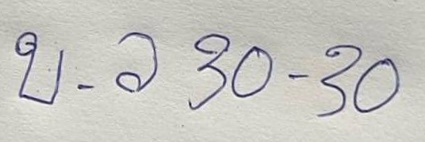
บ.ล 30 - 30